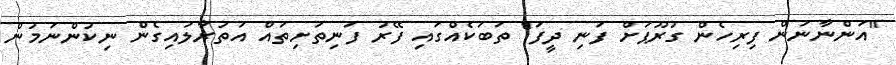
"އަންނާނަން ފިރިހެން ގުރޫޕަށް ފަނި ދީފަ" ތަބަކެއްގައި ފޭރު ފަނިތަށިތައް އަތުރާލައިގެން ނިކުންނަމުން